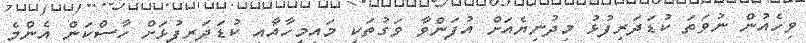
ވިހެއުން ނުވަތަ ކުޑަދަރިފުޅު މިދުނިޔެއަށް އުފަންވާ ވަގުތަކީ މައިމީހާއާއި ކުޑަދަރިފުޅަށް ހާސްކަން އެންމެ